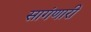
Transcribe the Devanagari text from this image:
सागंणारी